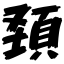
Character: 頚